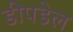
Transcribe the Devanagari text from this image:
डीपडेल